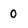
Character: O